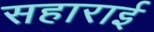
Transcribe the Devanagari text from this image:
सहाराई